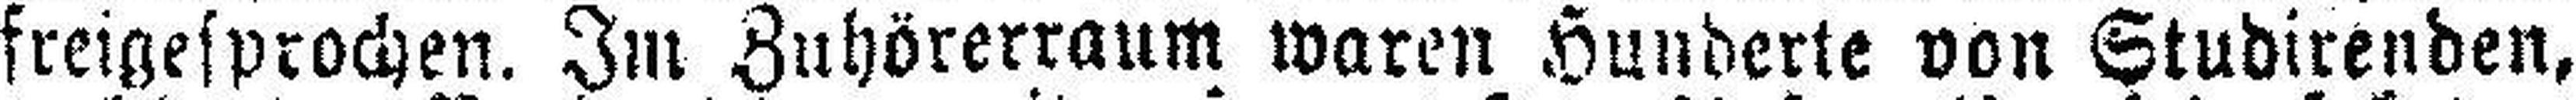
freigesprochen. Im Zuhörerraum waren Hunderte von Studirenden,